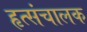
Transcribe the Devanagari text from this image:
हृत्संचालक